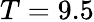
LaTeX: T=9.5